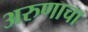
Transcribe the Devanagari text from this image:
अरुणाचा